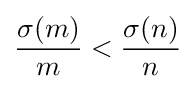
{\frac {\sigma (m)}{m}}<{\frac {\sigma (n)}{n}}